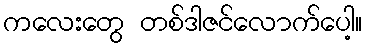
ကလေးတွေ တစ်ဒါဇင်လောက်ပေါ့။